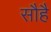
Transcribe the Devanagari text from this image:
सौहै